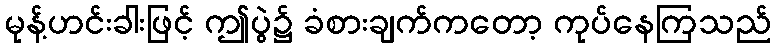
မုန့်ဟင်းခါးဖြင့် ဤပွဲ၌ ခံစားချက်ကတော့ ကုပ်နေကြသည်